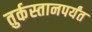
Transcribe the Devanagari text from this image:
तुर्कस्तानपर्यंत